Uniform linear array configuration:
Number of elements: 12
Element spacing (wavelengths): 0.75
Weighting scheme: hann
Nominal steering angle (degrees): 0
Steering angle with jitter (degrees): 0.7507
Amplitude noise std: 0.05
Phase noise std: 0.05

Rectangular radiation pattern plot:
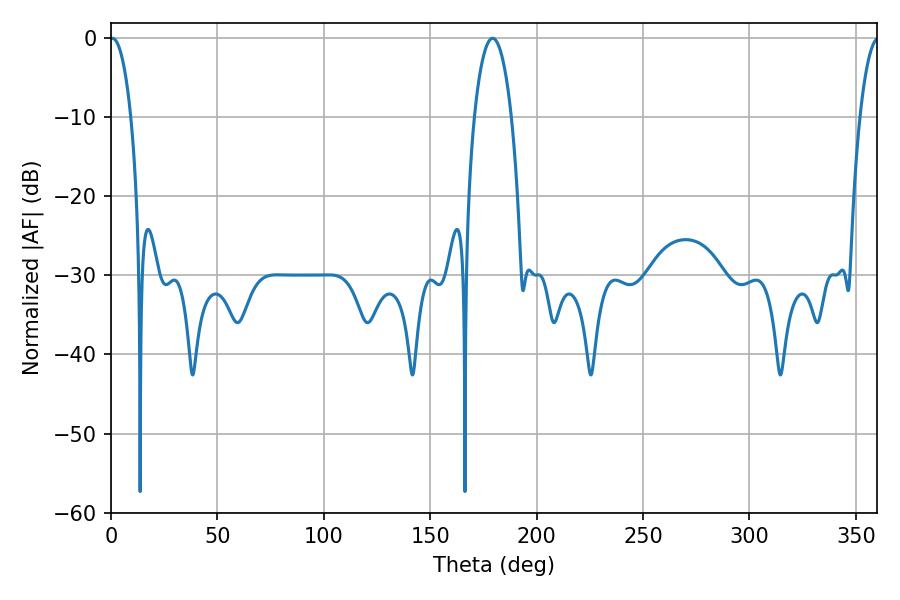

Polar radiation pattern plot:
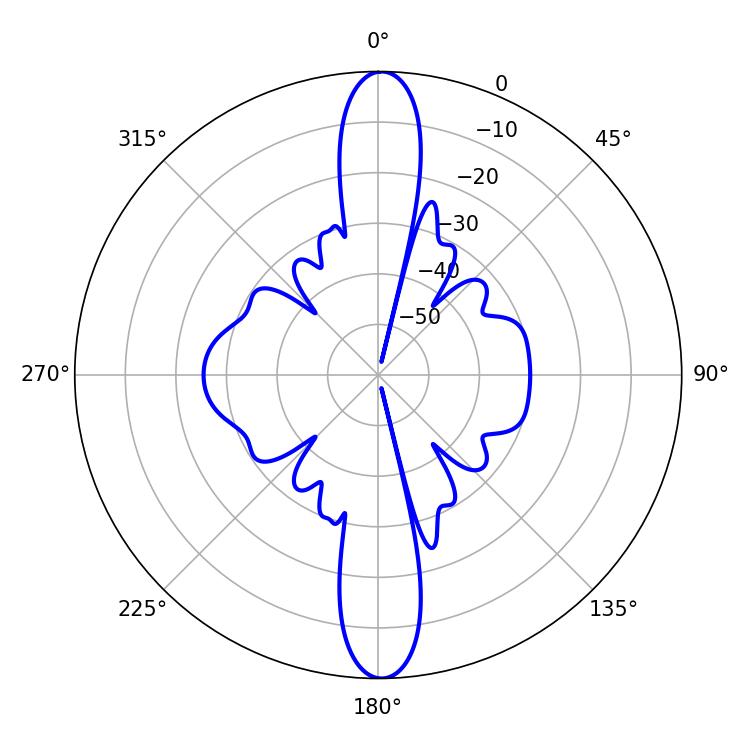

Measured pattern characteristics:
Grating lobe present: TRUE
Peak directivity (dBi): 28.005
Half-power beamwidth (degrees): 9.9
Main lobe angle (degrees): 179.28